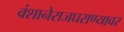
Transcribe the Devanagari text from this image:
वंशानेराजघराण्यावर